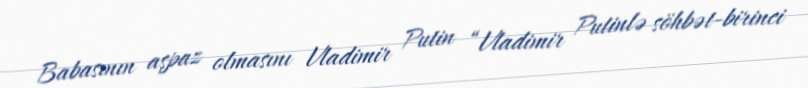
Babasının aşpaz olmasını Vladimir Putin “Vladimir Putinlə söhbət-birinci